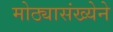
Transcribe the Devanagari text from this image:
मोठ्यासंख्येने